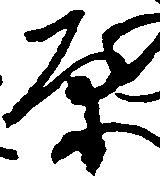
原